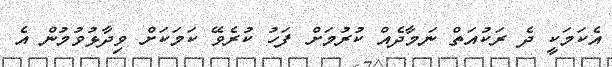
އެކަމަކީ ދެ ރަކުއަތް ނަމާދެއް ކުރުމަށް ފަހު ކުރެވޭ ކަމަކަށް ވިދާޅުވުމުން އެ